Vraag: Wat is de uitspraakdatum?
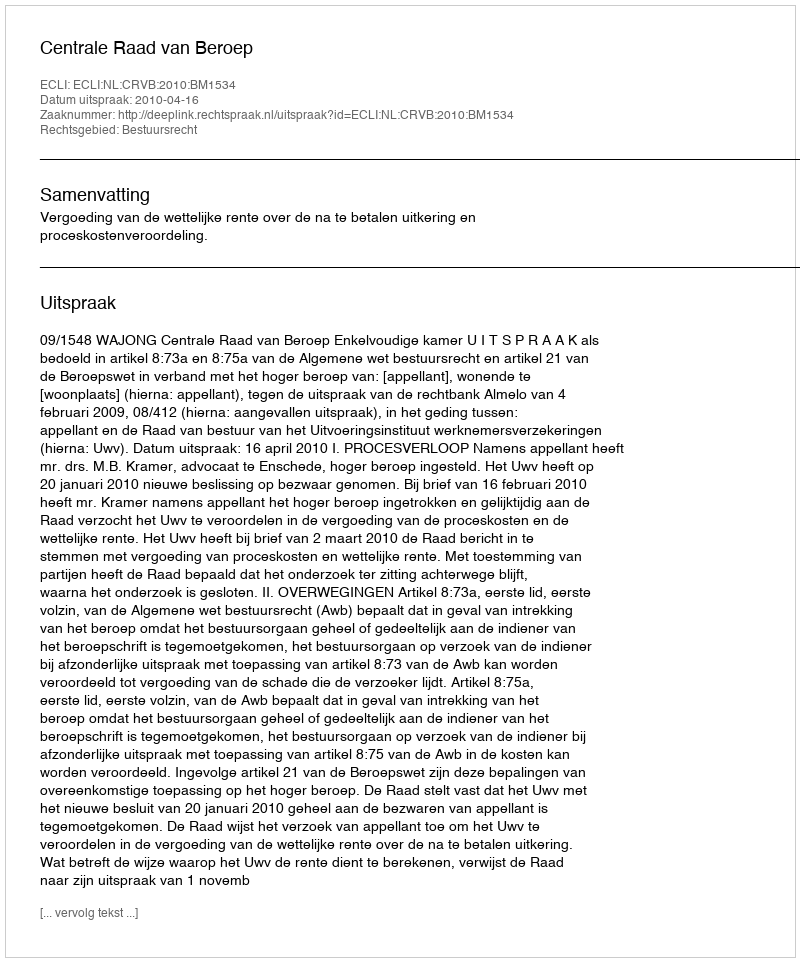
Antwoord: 2010-04-16